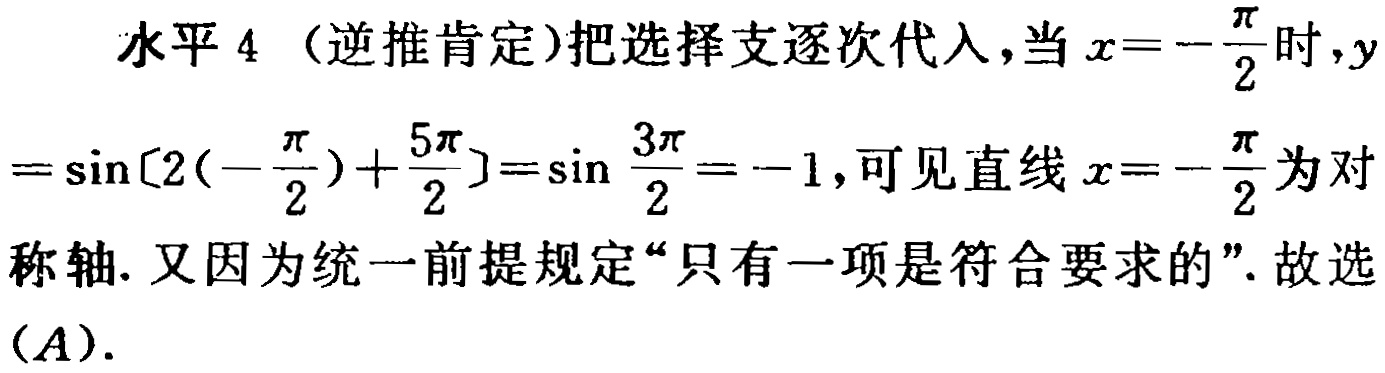
水平 4（逆推肯定）把选择支逐次代入，当 \(x = -\frac{\pi}{2}\) 时，\(y=\sin\left[2\left(-\frac{\pi}{2}\right)+\frac{5\pi}{2}\right]=\sin\frac{3\pi}{2} = -1\)，可见直线 \(x = -\frac{\pi}{2}\) 为对称轴. 又因为统一前提规定“只有一项是符合要求的”. 故选\((A)\).